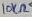
Text: 10KΩ